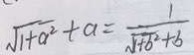
\sqrt { 1 + a ^ { 2 } } + a = \frac { 1 } { \sqrt { 1 + b ^ { 2 } } + b }